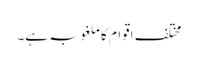
مختلف اقوام کا ملغوبہ ہے۔